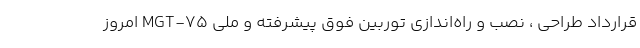
قرارداد طراحی ، نصب و راه‌اندازی توربین فوق پیشرفته و ملی MGT-75 امروز